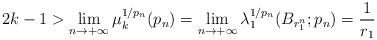
LaTeX: \begin{align*}2k-1 > \lim\limits_{n \to +\infty} \mu_k^{1/{p_n}}(p_n) = \lim\limits_{n \to +\infty} \lambda_1^{1/{p_n}}(B_{r_{1}^{n}};p_n) =\frac{1}{r_1}\end{align*}